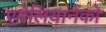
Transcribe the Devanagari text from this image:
एमेलियानेंको